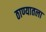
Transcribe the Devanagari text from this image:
ठाण्यातला